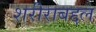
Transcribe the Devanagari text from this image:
शरीराबद्दल